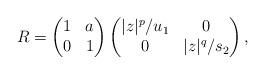
LaTeX: \begin{align*}R = \begin{pmatrix} 1& a\\ 0&1\end{pmatrix}\begin{pmatrix} |z|^p/u_1 & 0 \\ 0 & |z|^q/s_2\end{pmatrix},\end{align*}